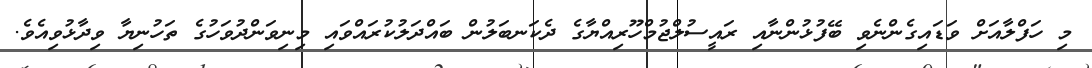
މި ހަފްލާއަށް ވަޑައިގެންނެވި ބޭފުޅުންނާއި ރައީސުލްޖުމްހޫރިއްޔާގެ ދެކަނބަލުން ބައްދަލުކުރައްވައި މިނިވަންދުވަހުގެ ތަހުނިޔާ ވިދާޅުވިއެވެ.